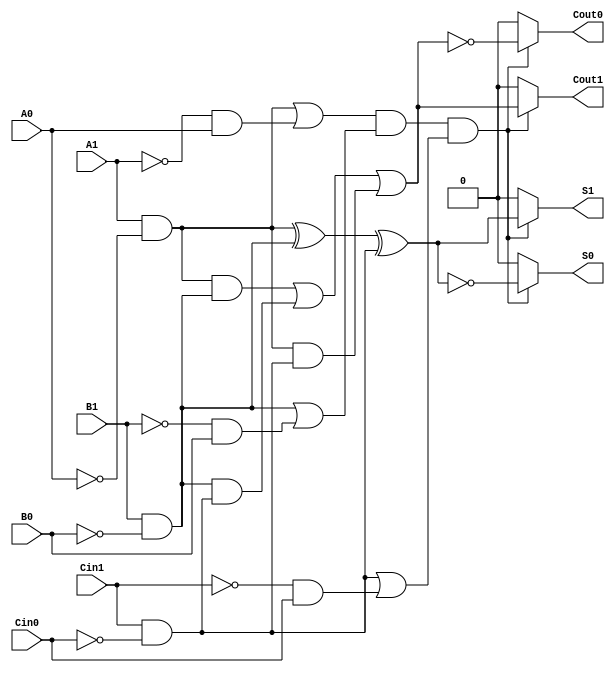
module dual_rail_full_adder (
    input wire A1, A0,  // Dual-rail representation of input A
    input wire B1, B0,  // Dual-rail representation of input B
    input wire Cin1, Cin0, // Dual-rail representation of carry-in
    output reg S1, S0,    // Dual-rail representation of sum output
    output reg Cout1, Cout0 // Dual-rail representation of carry-out output
);

// Validity check signals
wire valid_A = (A1 & ~A0) | (~A1 & A0);  // A is valid if either A1 or A0 is high, but not both
wire valid_B = (B1 & ~B0) | (~B1 & B0);  // B is valid if either B1 or B0 is high, but not both
wire valid_Cin = (Cin1 & ~Cin0) | (~Cin1 & Cin0); // Cin is valid if either Cin1 or Cin0 is high, but not both

// Intermediate signals for sum and carry calculations
wire A = A1 & ~A0;  // A = 1 if A1 = 1 and A0 = 0
wire B = B1 & ~B0;  // B = 1 if B1 = 1 and B0 = 0
wire Cin = Cin1 & ~Cin0; // Cin = 1 if Cin1 = 1 and Cin0 = 0

// Sum Calculation
wire sum = A ^ B ^ Cin; // Sum = A XOR B XOR Cin
wire carry_out = (A & B) | (B & Cin) | (A & Cin); // Carry-out using majority function

// Output generation based on validity
always @(*) begin
    if (valid_A && valid_B && valid_Cin) begin
        // Calculate the sum output
        S1 = sum;          // S1 = 1 if sum = 1, else S1 = 0
        S0 = ~sum;         // S0 = 1 if sum = 0, else S0 = 0
        
        // Calculate carry output
        Cout1 = carry_out; // Cout1 = 1 if carry_out = 1, else Cout1 = 0
        Cout0 = ~carry_out; // Cout0 = 1 if carry_out = 0, else Cout0 = 0
    end else begin
        // Invalid state handling
        S1 = 0; S0 = 0;     // S outputs invalid
        Cout1 = 0; Cout0 = 0; // Cout outputs invalid
    end
end

endmodule